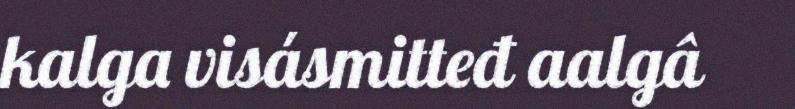
kalga visásmitteđ aalgâ